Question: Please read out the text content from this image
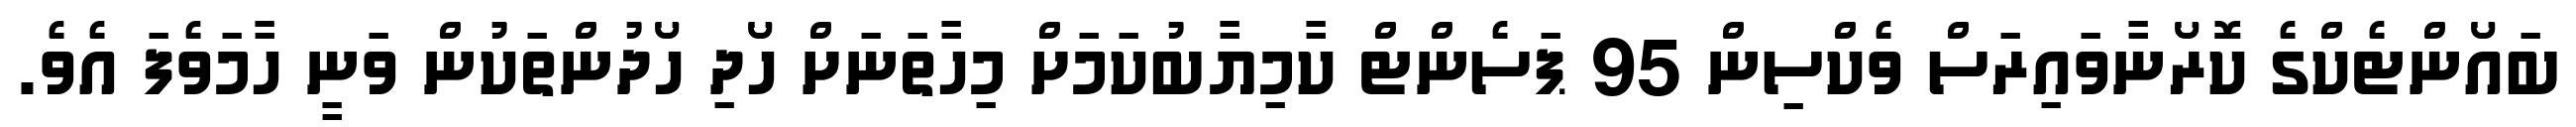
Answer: ބައޯންޓެކްގެ ކޮރޯނާވައިރަސް ވެކްސިން 95 ޕަސެންޓް ކާމިޔާބުކަމަށް މިހާތަނަށް ހޯދި ހޯދުންތަކުން ވަނީ ހާމަވެފަ އެވެ.